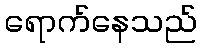
ရောက်နေသည်